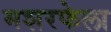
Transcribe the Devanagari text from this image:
मशरफेला